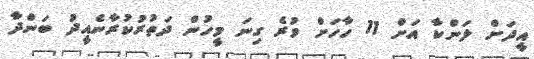
އީދަށް ލަންކާ އަށް 11 ހާހަށް ވުރެ ގިނަ މީހުން ދަތުރުކުރާނެއީދު ބަންދާ